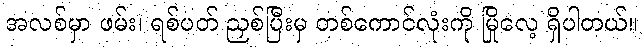
အလစ်မှာ ဖမ်း၊ ရစ်ပတ် ညှစ်ပြီးမှ တစ်ကောင်လုံးကို မြိုလေ့ ရှိပါတယ်။